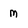
Character: m